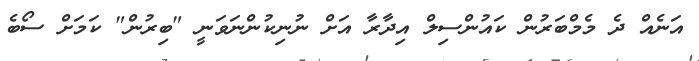
އަނެއް ދެ މެމްބަރުން ކައުންސިލް އިދާރާ އަށް ނުނިކުންނަވަނީ "ބިރުން" ކަމަށް ސޯބެ